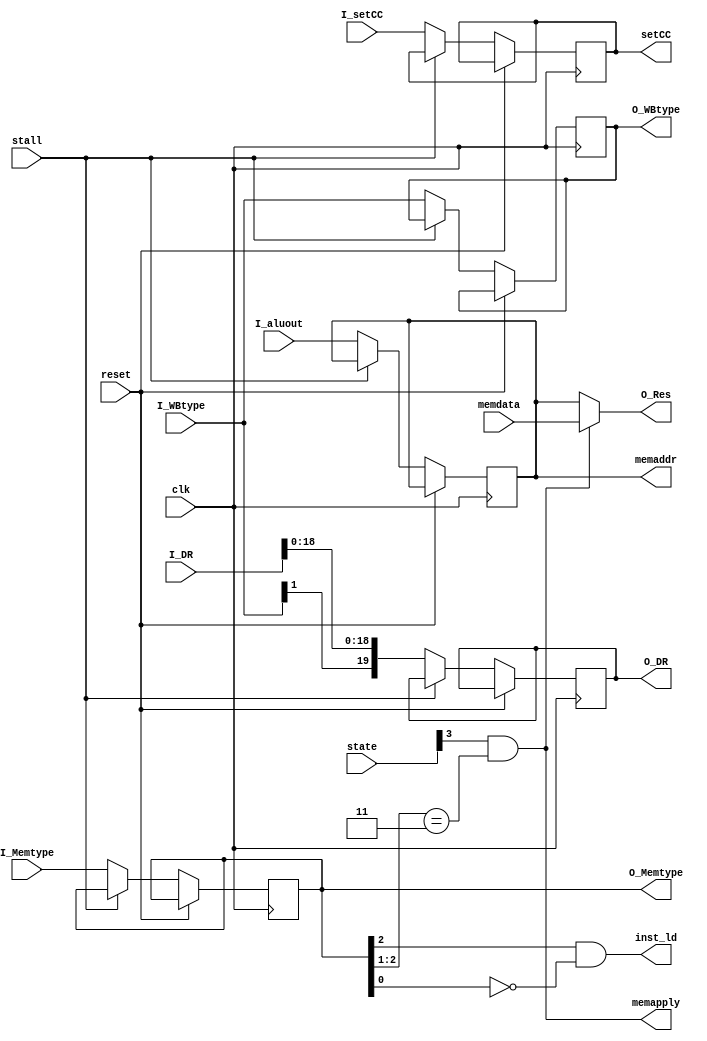
module lc3_pipeline_stage3(
	input			reset,
	input			clk,
	input			stall,
	input		[5:0]	state,

	input		[19:0]	I_DR,
	input		[1:0]	I_WBtype,
	input		[2:0]	I_Memtype,
	input		[15:0]	I_aluout,
	input			I_setCC,

	output	reg	[19:0]	O_DR,
	output	reg	[1:0]	O_WBtype,
	output	reg	[2:0]	O_Memtype,
	output		[15:0]	O_Res,

	input		[15:0]	memdata,
	output		[15:0]	memaddr,
	output			memapply,
	output	reg		setCC,
	output			inst_ld
);

	reg		[15:0]	aluout;
	assign			memaddr=aluout;

	always@(negedge clk or posedge reset)	begin
		if(reset)	begin
			//seems nothing to do
		end else if(~stall)	begin
			O_DR <= {I_WBtype[1],I_DR[18:0]};
			O_WBtype <= I_WBtype;
			O_Memtype <= I_Memtype;
			aluout	<= I_aluout;
			setCC  <= I_setCC;
		end
	end

	assign			memapply = (state[3] &( O_Memtype[2:1]==2'b11) );
	assign			O_Res	 = (memapply?memdata:aluout);
	assign			inst_ld  = (O_Memtype[2]&~O_Memtype[0]);
endmodule